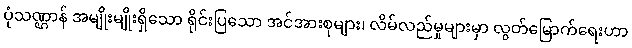
ပုံသဏ္ဌာန် အမျိုးမျိုးရှိသော ရိုင်းပြသော အင်အားစုများ၊ လိမ်လည်မှုများမှာ လွတ်မြောက်ရေးဟာ